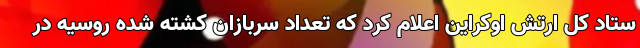
ستاد کل ارتش اوکراین اعلام کرد که تعداد سربازان کشته شده روسیه در